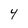
Character: 4